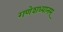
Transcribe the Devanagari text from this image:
गणेशध्यानम्